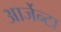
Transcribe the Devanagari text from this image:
आर्जेन्टा